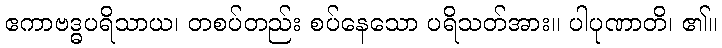
ဧကာဗဒ္ဓပရိသာယ၊ တစပ်တည်း စပ်နေသော ပရိသတ်အား။ ပါပုဏာတိ၊ ၏။